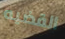
القضيه